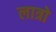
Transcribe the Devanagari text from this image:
लात्रो